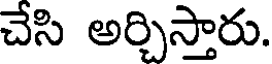
చేసి అర్చిస్తారు.